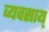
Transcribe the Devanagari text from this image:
व्यवसाय्